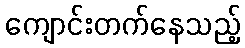
ကျောင်းတက်နေသည့်